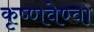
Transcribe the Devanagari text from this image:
कृष्णवेण्वा